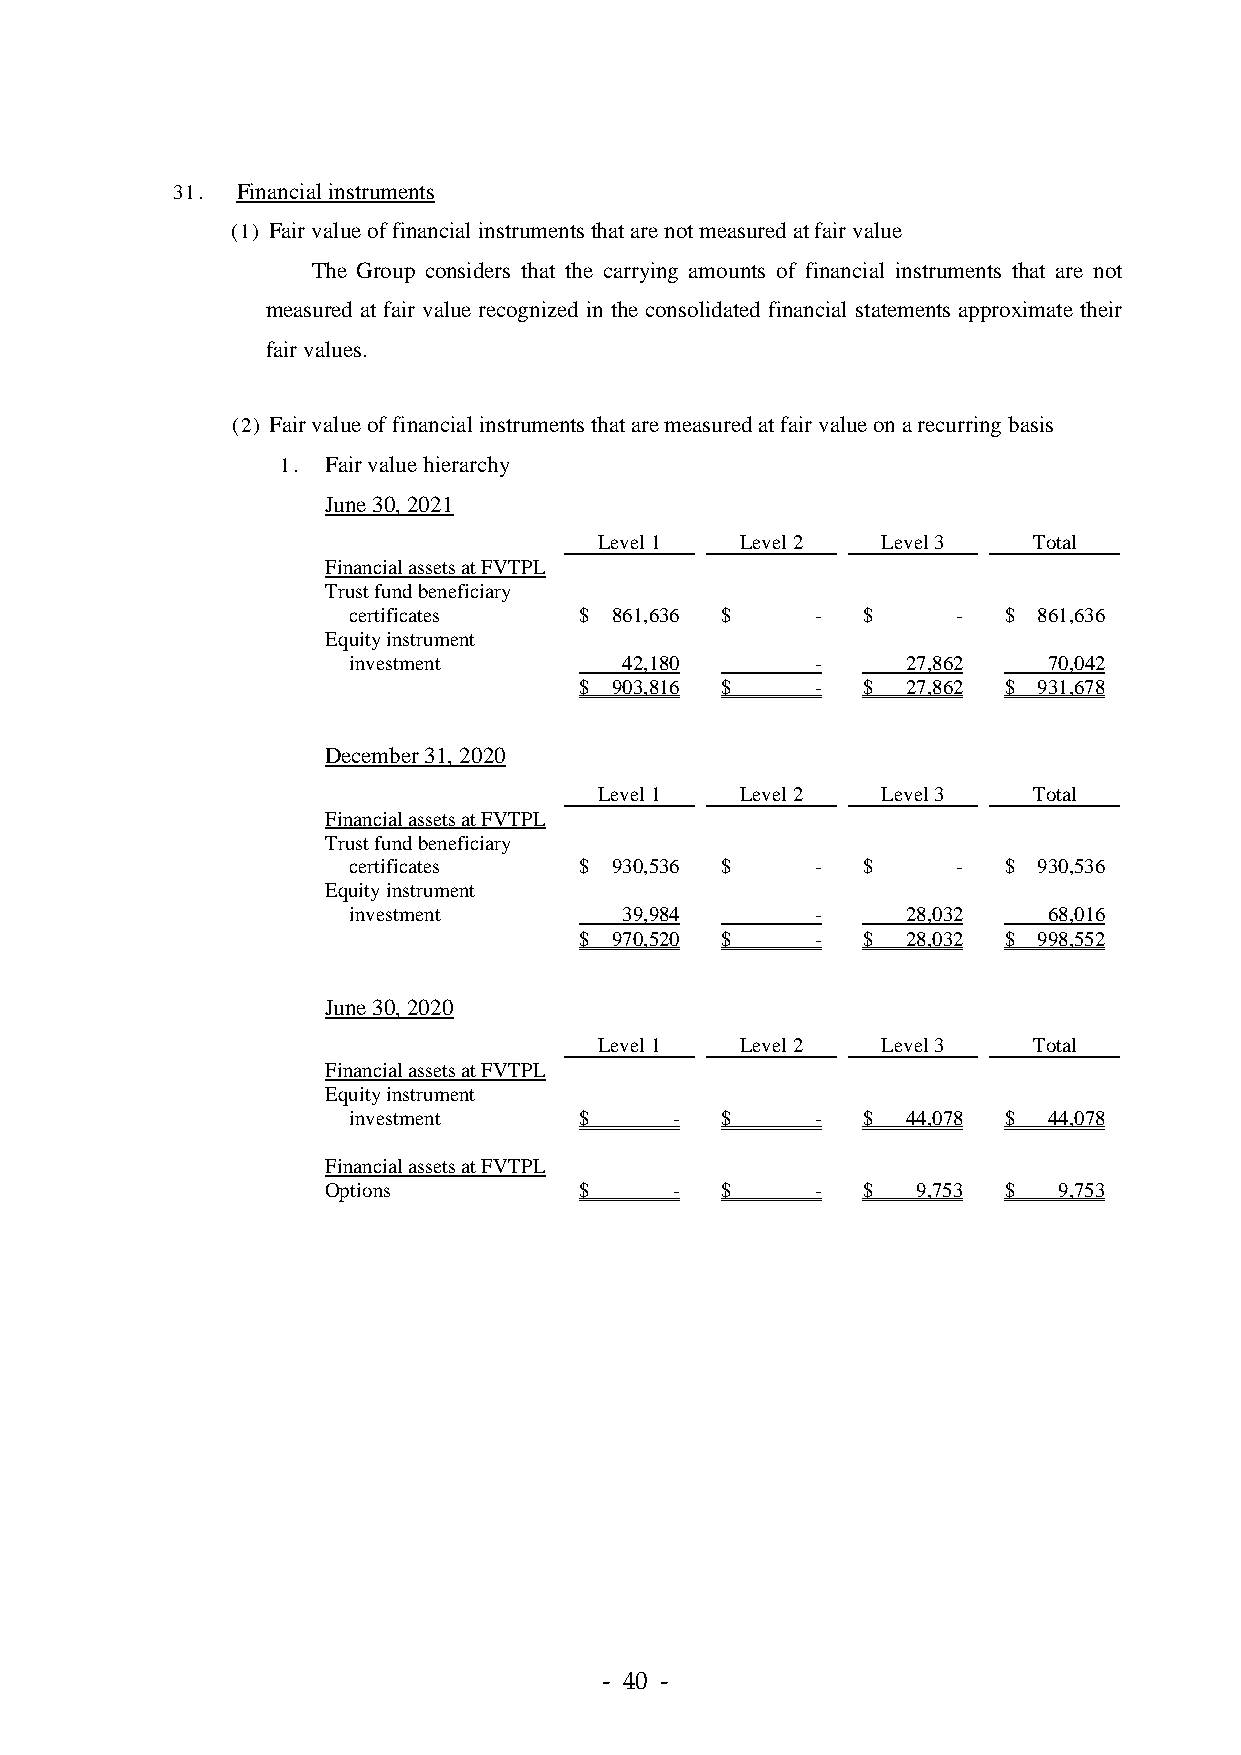
31.  Financial instruments
 (1) Fair value of financial instruments that are not measured at fair value
 The Group considers that the carrying amounts of financial instruments that are not
 measured at fair value recognized in the consolidated financial statements approximate their
 fair values.
 (2) Fair value of financial instruments that are measured at fair value on a recurring basis
 1. Fair value hierarchy
 June 30, 2021
 Level 1  Level 2  Level 3   Total
 Financial assets at FVTPL
 Trust fund beneficiary
 certificates   $ 861,636 $     -  $     -  $  861,636
 Equity instrument
 investment        42,180       -     27,862   70,042
 $ 903,816 $     -  $  27,862 $ 931,678
 December 31, 2020
 Level 1  Level 2  Level 3   Total
 Financial assets at FVTPL
 Trust fund beneficiary
 certificates   $ 930,536 $     -  $     -  $  930,536
 Equity instrument
 investment        39,984       -     28,032   68,016
 $ 970,520 $     -  $  28,032 $ 998,552
 June 30, 2020
 Level 1  Level 2  Level 3   Total
 Financial assets at FVTPL
 Equity instrument
 investment     $      -  $     -  $  44,078 $ 44,078
 Financial assets at FVTPL
 Options         $      -  $     -  $   9,753 $  9,753
 - 40 -